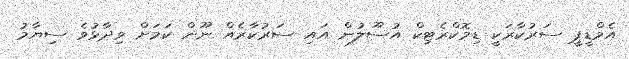
އެމްޑީޕީ ސަރުކާރަކީ ޑިމޮކްރެޓިކް އުސޫލުން އައި ސަރުކާރެއް ނޫން ކަމަށް ވިދާޅުވެ ސިޔާމު